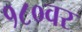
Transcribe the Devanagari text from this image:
१८०वर